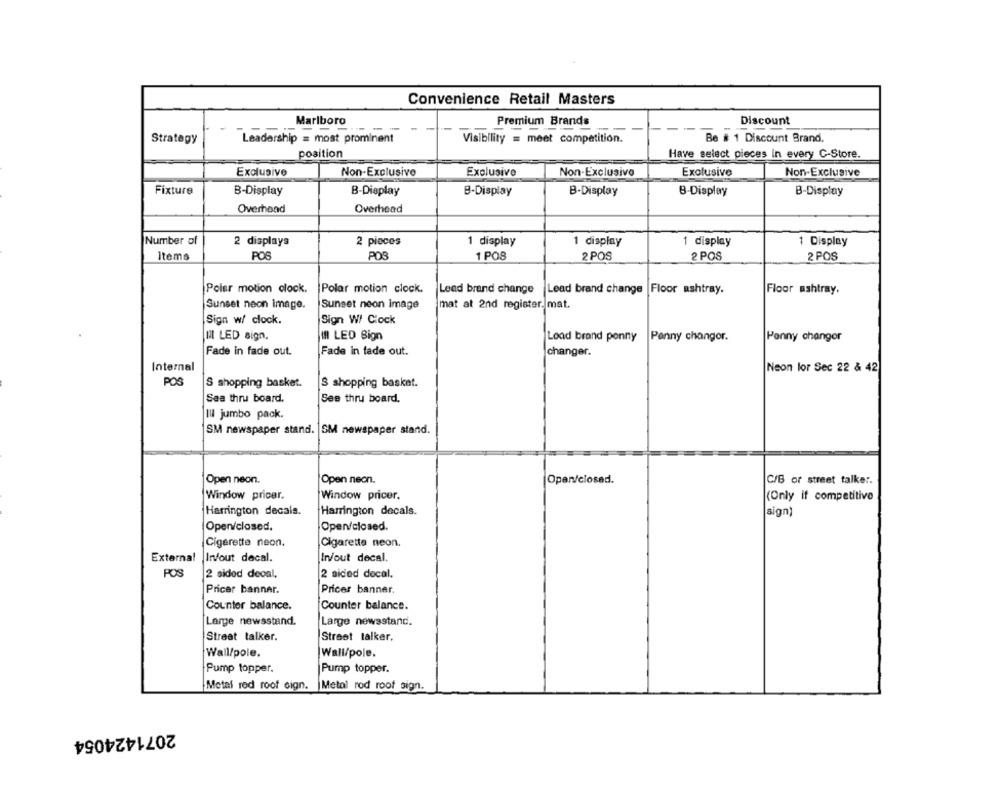
Convenience Retail Masters
Premium Brands
Discount
Marlboro
Strategy
Leadership = most prominent
Visibility = meet competition.
Be # 1 Discount Brand.
position
Have select pieces In every C-Store.
Exclusive
Non-Exclusive
Exclusive
Non-Exclusivo
Exclusive
Non-Exclusive
Fixture
B-Display
B-Display
B-Display
B-Display
B-Display
B-Display
Overhead
Overhead
Number of
2 displays
2 pieces
1 display
1 display
1 display
1 Display
Items
POS
POS
1 POS
2 POS
2 POS
2 POS
Polar motion clock.
Polar motion clock.
Lead brand change
Lead brand change |Floor ashtray.
Floor ashtray.
Sunset neon image.
Sunset neon image
mat at 2nd register. mat.
Sign w/ clock.
Sign W/ Clock
IL LED sign.
Il LED Sign
Load brand ponny
Penny changor.
Penny changer
Fade in fade out.
Fade in fade out.
changer.
Internal
Neon lor Sec 22 & 42
POS
S shopping basket.
S shopping basket.
Sea thru board.
See thru board.
Il jumbo pack.
SM newspaper stand. |SM newspaper stand.
Open neon.
Open neon.
Open/closed.
C/B or street talker.
Window pricer.
Window pricer.
(Only if competitive
Harrington decals.
Harrington decals.
sign)
Open/closed.
Open/closed.
Cigarette neon.
Cigarette neon.
External
In/out decal.
In/out decal.
POS
2 sided decal,
2 sided decal.
Pricer banner.
Pricer banner.
Counter balance.
Counter balance.
Large newsstand.
Large newsstand.
Streat talker.
Street talker.
Wall/pole.
Wall/pole.
Pump topper.
Pump topper.
Metal red roof sign.
Metal rod roof sign.
2071424054